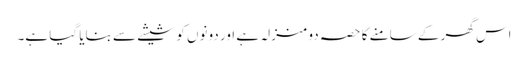
اس گھر کے سامنے کا حصہ دو منزلہ ہے اور دونوں کو شیشے سے بنایا گیا ہے۔